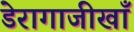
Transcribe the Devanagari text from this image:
डेरागाजीखाँ